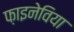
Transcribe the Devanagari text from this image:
फ़ाइनेविया